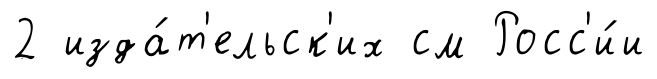
2 изда́т'ельск'их см Росс'и́и